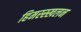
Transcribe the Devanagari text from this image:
हिमस्स्खलन